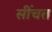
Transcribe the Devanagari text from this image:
सींचत